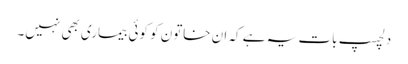
دلچسپ بات یہ ہے کہ ان خاتون کو کوئی بیماری بھی نہیں۔